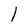
Character: l